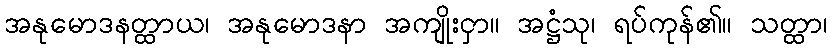
အနုမောဒနတ္ထာယ၊ အနုမောဒနာ အကျိုးငှာ။ အဋ္ဌံသု၊ ရပ်ကုန်၏။ သတ္ထာ၊